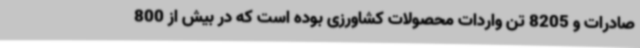
صادرات و 8205 تن واردات محصولات کشاورزی بوده است که در بیش از 800